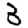
Digit: 3